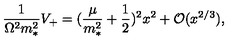
\frac { 1 } { \Omega ^ { 2 } m _ { * } ^ { 2 } } V _ { + } = ( \frac { \mu } { m _ { * } ^ { 2 } } + \frac { 1 } { 2 } ) ^ { 2 } x ^ { 2 } + { \cal O } ( x ^ { 2 / 3 } ) ,